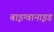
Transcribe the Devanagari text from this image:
बाइग्वानाइड